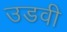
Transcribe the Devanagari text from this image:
उडवी